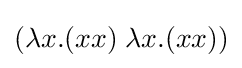
(\lambda x.(xx)\;\lambda x.(xx))